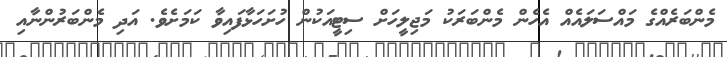
މެންބަރެއްގެ މައްސަލައެއް އެހެން މެންބަރަކު މަޖިލީހަށް ސިޓީއަކުން ހުށަހަޅާފައިވާ ކަމަށެވެ. އަދި މެންބަރުންނާއި